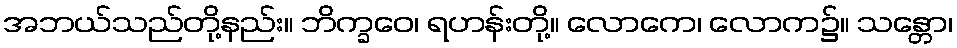
အဘယ်သည်တို့နည်း။ ဘိက္ခဝေ၊ ရဟန်းတို့။ လောကေ၊ လောက၌။ သန္တော၊